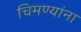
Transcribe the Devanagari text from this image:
चिमण्यांना